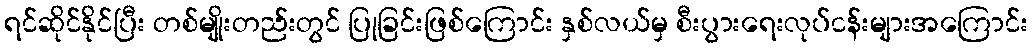
ရင်ဆိုင်နိုင်ပြီး တစ်မျိုးတည်းတွင် ပြုခြင်းဖြစ်ကြောင်း နှစ်လယ်မှ စီးပွားရေးလုပ်ငန်းများအကြောင်း